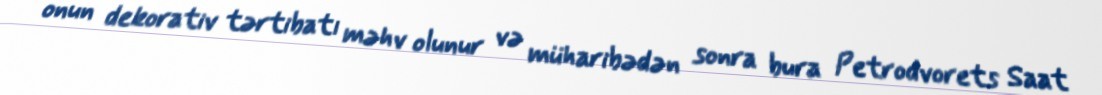
onun dekorativ tərtibatı məhv olunur və müharibədən sonra bura Petrodvorets Saat